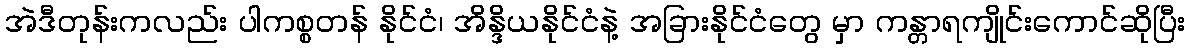
အဲဒီတုန်းကလည်း ပါကစ္စတန် နိုင်ငံ၊ အိန္ဒိယနိုင်ငံနဲ့ အခြားနိုင်ငံတွေ မှာ ကန္တာရကျိုင်းကောင်ဆိုပြီး